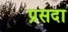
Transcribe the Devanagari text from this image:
प्रसदा